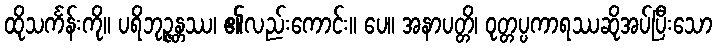
ထိုသင်္ကန်းကို။ ပရိဘုဉ္ဇန္တဿ၊ ၏လည်းကောင်း။ ပေ။ အနာပတ္တိ၊ ဝုတ္တပ္ပကာရဿဆိုအပ်ပြီးသော